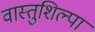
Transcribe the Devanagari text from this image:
वास्तुशिल्पा